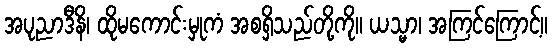
အပုညာဒီနိ၊ ထိုမကောင်းမှုကံ အစရှိသည်တို့ကို။ ယသ္မာ၊ အကြင်ကြောင့်။